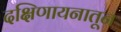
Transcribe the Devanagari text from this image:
दक्षिणायनातून